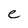
Character: e